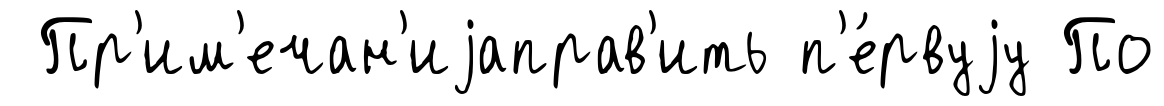
Пр'им'ечан'иjаправ'ить п'е́рвуjу По